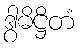
ဒွါဓိဋ္ဌိတံ